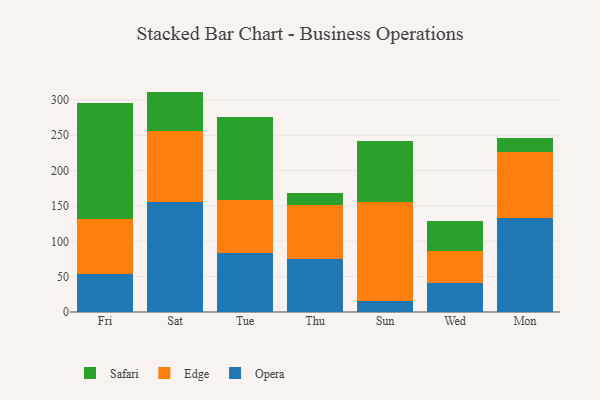
{"axis": {"x": "Day", "y": "Shipments"}, "legend": ["Edge", "Opera", "Safari"], "data": [{"x": "Fri", "y": 54.1, "type": "Opera"}, {"x": "Fri", "y": 78.1, "type": "Edge"}, {"x": "Fri", "y": 163.8, "type": "Safari"}, {"x": "Sat", "y": 156.3, "type": "Opera"}, {"x": "Sat", "y": 99.9, "type": "Edge"}, {"x": "Sat", "y": 55.6, "type": "Safari"}, {"x": "Tue", "y": 83.4, "type": "Opera"}, {"x": "Tue", "y": 74.5, "type": "Edge"}, {"x": "Tue", "y": 118.3, "type": "Safari"}, {"x": "Thu", "y": 75.3, "type": "Opera"}, {"x": "Thu", "y": 76.0, "type": "Edge"}, {"x": "Thu", "y": 16.9, "type": "Safari"}, {"x": "Sun", "y": 15.1, "type": "Opera"}, {"x": "Sun", "y": 140.9, "type": "Edge"}, {"x": "Sun", "y": 86.6, "type": "Safari"}, {"x": "Wed", "y": 41.4, "type": "Opera"}, {"x": "Wed", "y": 45.0, "type": "Edge"}, {"x": "Wed", "y": 41.8, "type": "Safari"}, {"x": "Mon", "y": 133.3, "type": "Opera"}, {"x": "Mon", "y": 93.7, "type": "Edge"}, {"x": "Mon", "y": 19.7, "type": "Safari"}]}